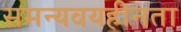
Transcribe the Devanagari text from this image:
समन्यवयहीनता